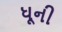
ધૂની